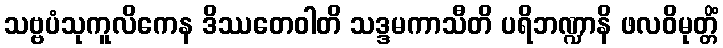
သဗ္ဗပံသုကူလိကေန ဒိဿတေဝါတိ သဒ္ဒမကာသီတိ ပရိဘဏ္ဍာနိ ဖလဝိမုတ္တိံ